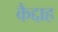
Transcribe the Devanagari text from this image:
कैद्दाह